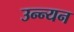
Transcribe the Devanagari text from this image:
उन्न्यन